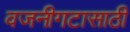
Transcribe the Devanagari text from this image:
वजनीगटासाठी